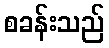
စခန်းသည်